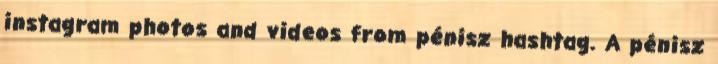
instagram photos and videos from pénisz hashtag. A pénisz